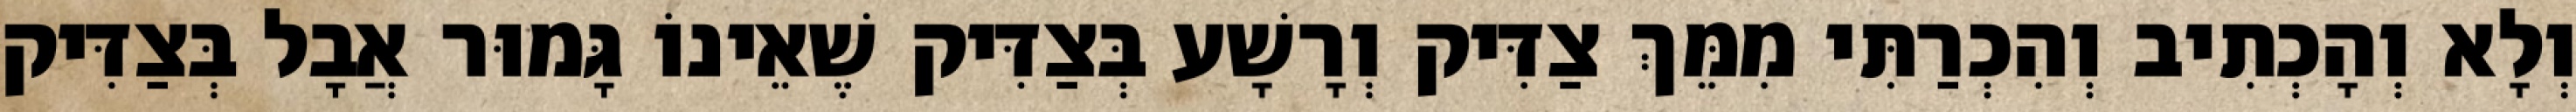
וְלָא וְהָכְתִיב וְהִכְרַתִּי מִמֵּךְ צַדִּיק וְרָשָׁע בְּצַדִּיק שֶׁאֵינוֹ גָּמוּר אֲבָל בְּצַדִּיק